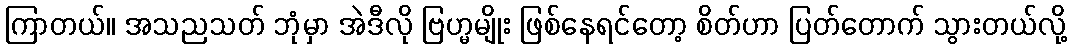
ကြာတယ်။ အသညသတ် ဘုံမှာ အဲဒီလို ဗြဟ္မမျိုး ဖြစ်နေရင်တော့ စိတ်ဟာ ပြတ်တောက် သွားတယ်လို့